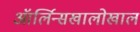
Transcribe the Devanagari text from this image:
ऑर्लिन्सखालोखाल